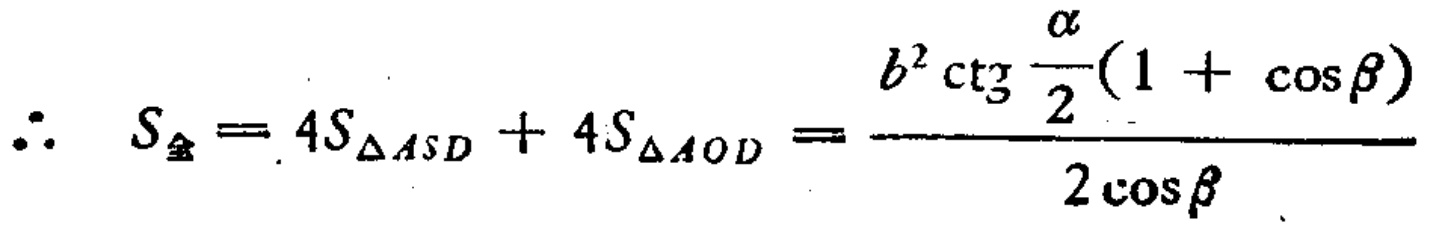
\(\therefore S_{全}=4S_{\triangle ASD}+4S_{\triangle AOD}=\frac{b^{2}\operatorname{ctg}\frac{\alpha}{2}(1 + \cos\beta)}{2\cos\beta}\)